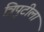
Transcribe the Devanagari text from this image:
त्रिपुटीला